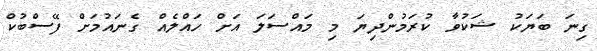
ގިނަ ބަޔަކު ޝަކުވާ ކުރަމުންދިޔަ މި މައްސަލަ އަށް ހައްލެއް ގެނައުމަށް ފޭސްބުކް